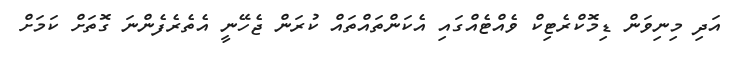
އަދި މިނިވަން ޑިމޮކްރެޓިކް ވެއްޓެއްގައި އެކަންތައްތައް ކުރަން ޖެހޭނީ އެތެރެފެންނަ ގޮތަށް ކަމަށް